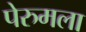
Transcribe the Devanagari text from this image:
पेरुमला